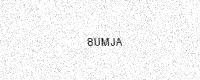
Text: 8UMJA